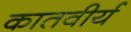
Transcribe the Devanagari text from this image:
कातवीर्य